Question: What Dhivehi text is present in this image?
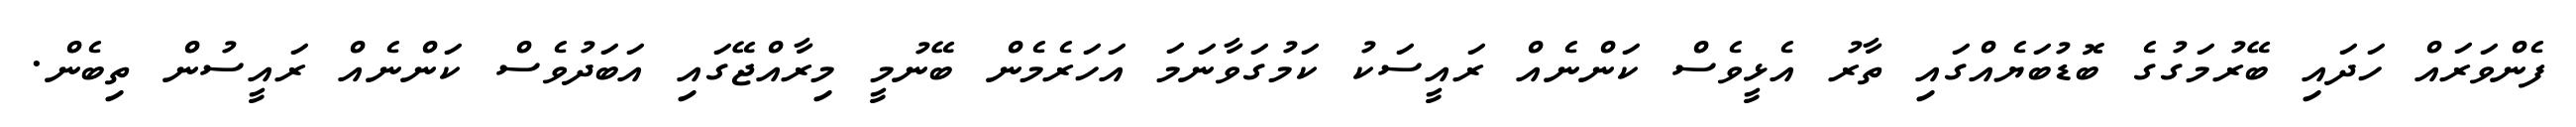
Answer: ފެންވަރައް ހަދައި ބޭރުމަގުގެ ބޮޑުބަޔެއްގައި ތާރު އެޅީވެސް ކަންނެއް ރައީސަކު ކަމުގަވާނަމަ އަހަރެމެން ބޭނުމީ މިރާއްޖޭގައި އަބަދުވެސް ކަންނެއް ރައީސުން ތިބެން.